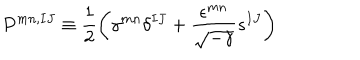
LaTeX: P ^ { m n , I J } \equiv \frac { 1 } { 2 } \left( \gamma ^ { m n } \delta ^ { I J } + \frac { \epsilon ^ { m n } } { \sqrt { - \gamma } } s ^ { I J } \right)